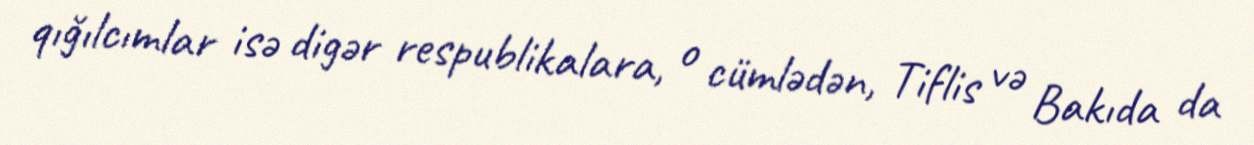
qığılcımlar isə digər respublikalara, o cümlədən, Tiflis və Bakıda da